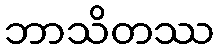
ဘာသိတဿ